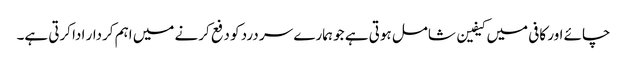
چائے اور کافی میں کیفین شامل ہوتی ہے جو ہمارے سر درد کو دفع کرنے میں اہم کردار ادا کرتی ہے۔